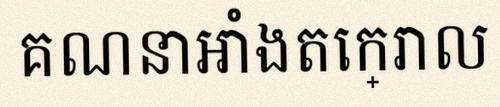
គណនាអាំងតេក្រាល